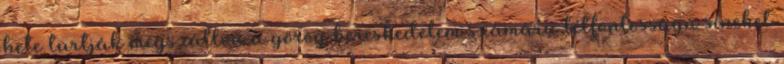
hete tartják megszállva a görög kereskedelem számára létfontosságú síneket